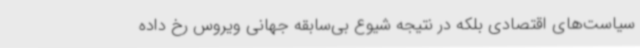
سیاست‌های اقتصادی بلکه در نتیجه شیوع بی‌سابقه جهانی ویروس رخ داده